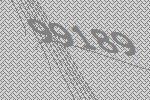
99189